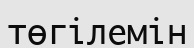
төгілемін